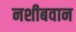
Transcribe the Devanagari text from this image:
नशीबवान